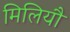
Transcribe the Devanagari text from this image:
मिलियौ